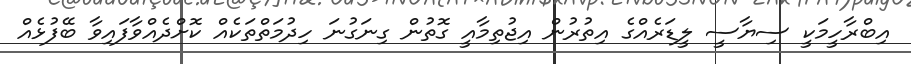
އިބްރާހީމަކީ ސިޔާސީ ލީޑަރެއްގެ އިތުރުން އިޖުތިމާއީ ގޮތުން ގިނަގުނަ ހިދުމަތްތަކެއް ކޮށްދެއްވާފައިވާ ބޭފުޅެއް